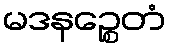
မဒနဉ္စေတံ